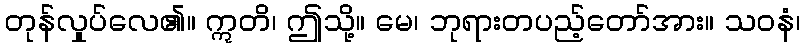
တုန်လှုပ်လေ၏။ ဣတိ၊ ဤသို့။ မေ၊ ဘုရားတပည့်တော်အား။ သဝနံ၊